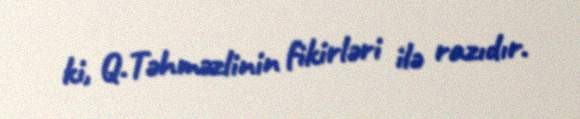
ki, Q.Təhməzlinin fikirləri ilə razıdır.